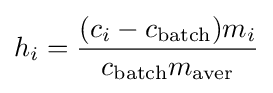
h_{i}={\frac {(c_{i}-c_{\text{batch}})m_{i}}{c_{\text{batch}}m_{\text{aver}}}}